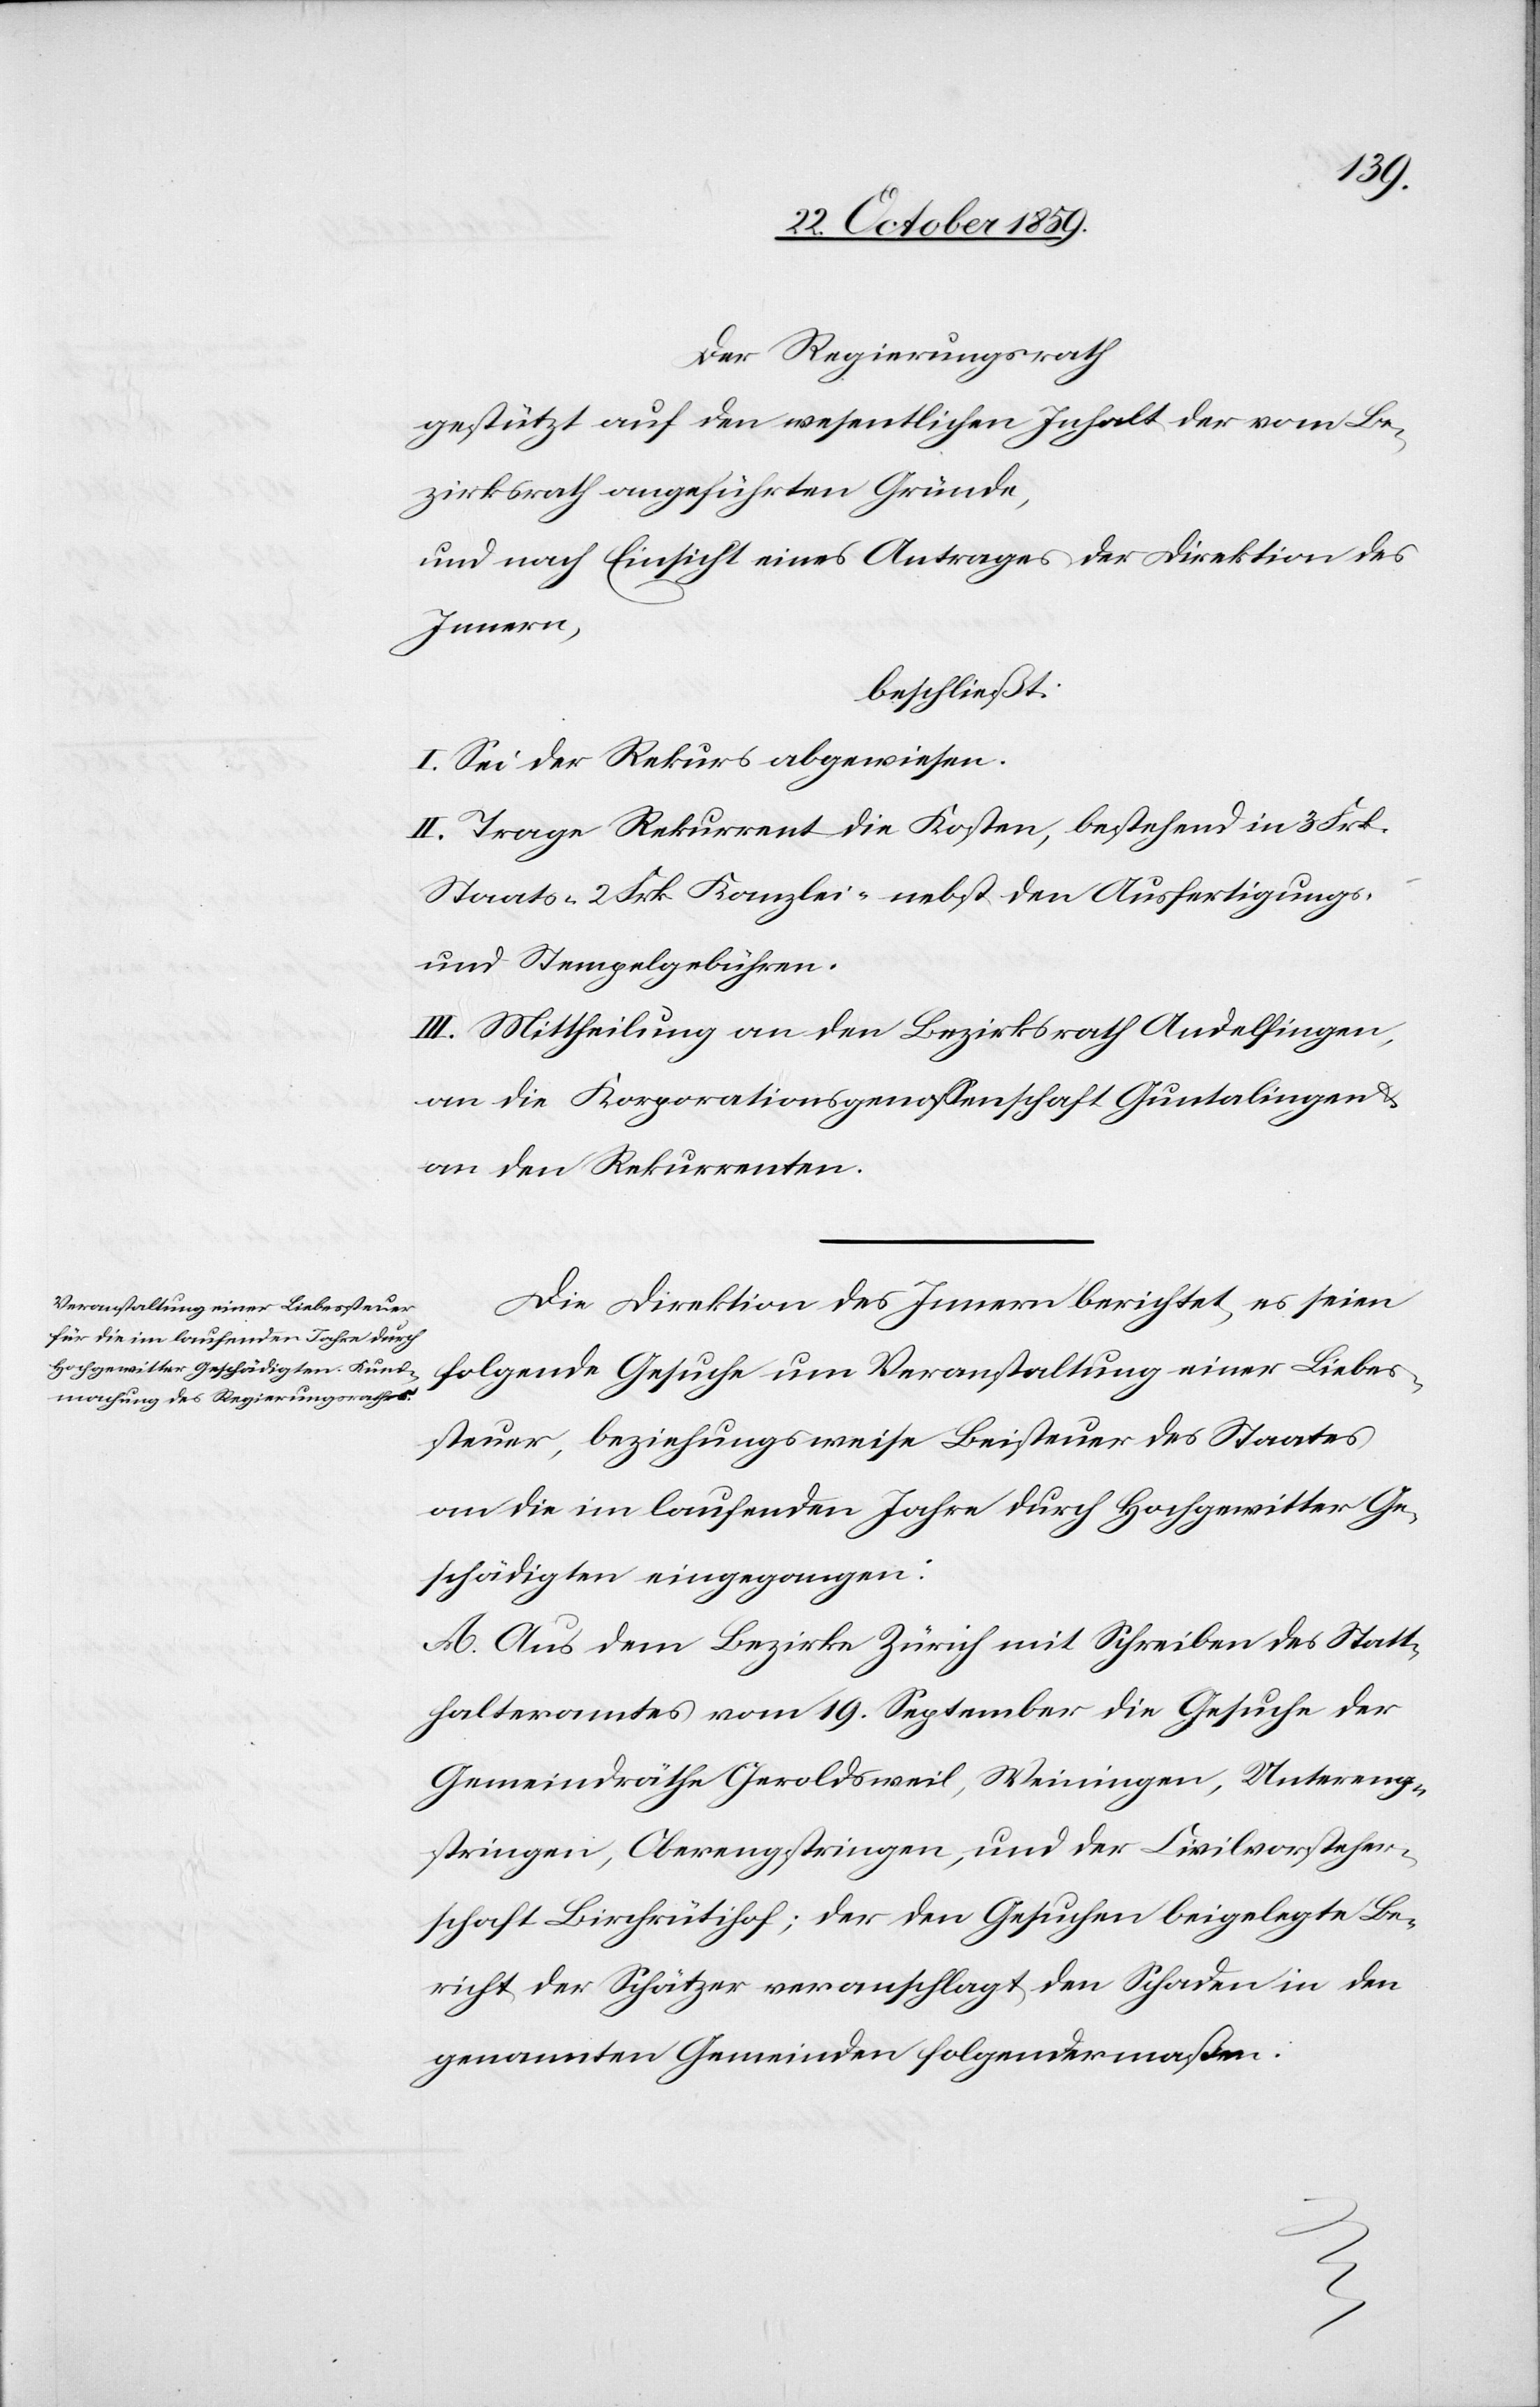
Der Regierungsrath
gestützt auf den wesentlichen Inhalt der vom Be¬
zirksrath angeführten Gründe,
und nach Einsicht eines Antrages der Direktion des
Innern,
beschließt:
I. Sei der Rekurs abgewiesen.
II. Trage Rekurrent die Kosten, bestehen in Frk.
Staats- Frk. 2 Kanzlei- nebst den Ausfertigungs-
und Stempelgebühren.
III. Mittheilung an den Bezirksrath Andelfingen,
an die Korporationsgenossenschaft Guntalingen
an den Rekurrenten.
Die Direktion des Innern berichtet, es seien
folgende Gesuche um Veranstaltung einer Liebes¬
steuer, beziehungsweise Beisteuer des Staates
an die im laufenden Jahre durch Hochgewitter Ge¬
schädigten eingegangen:
A. Aus dem Bezirke Zürich mit Schreiben des Statt¬
halteramtes vom 19. September die Gesuche der
Gemeindräthe Geroldsweil, Weiningen, Untereng¬
stringen, Oberengstringen und der Civilvorsteher¬
schaft Birchrütihof; der den Gesuchen beigelegte Be¬
richt der Schätzer veranschlagt den Schaden in den
genannten Gemeinden folgendermaßen: